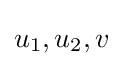
u_{1},u_{2},v